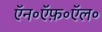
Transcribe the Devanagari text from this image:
ऍन॰ऍफ़॰ऍल॰